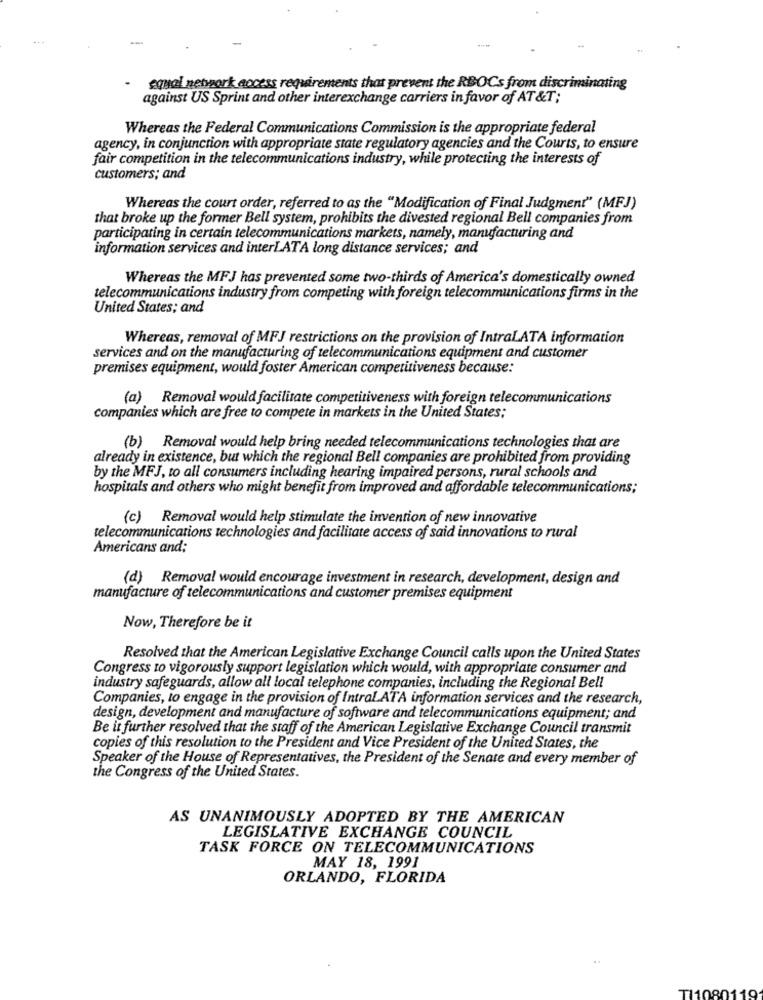
equal network access requirements that prevent the RBOCs from discriminating
against US Sprint and other interexchange carriers in favor of AT &T ;
Whereas the Federal Communications Commission is the appropriate federal
agency, in conjunction with appropriate state regulatory agencies and the Courts, to ensure
fair competition in the telecommunications industry, while protecting the interests of
customers; and
Whereas the court order, referred to as the "Modification of Final Judgment" (MFJ)
that broke up the former Bell system, prohibits the divested regional Bell companies from
participating in certain telecommunications markets, namely, manufacturing and
information services and interLATA long distance services; and
Whereas the MFJ has prevented some two-thirds of America's domestically owned
telecommunications industry from competing with foreign telecommunications firms in the
United States; and
Whereas, removal of MFJ restrictions on the provision of IntraLATA information
services and on the manufacturing of telecommunications equipment and customer
premises equipment, would foster American competitiveness because:
(a) Removal would facilitate competitiveness with foreign telecommunications
companies which are free to compete in markets in the United States;
(b) Removal would help bring needed telecommunications technologies that are
already in existence, but which the regional Bell companies are prohibited from providing
by the MFJ, to all consumers including hearing impaired persons, rural schools and
hospitals and others who might benefit from improved and affordable telecommunications;
(c) Removal would help stimulate the invention of new innovative
telecommunications technologies and facilitate access of said innovations to rural
Americans and:
(d) Removal would encourage investment in research, development, design and
manufacture of telecommunications and customer premises equipment
Now, Therefore be it
Resolved that the American Legislative Exchange Council calls upon the United States
Congress to vigorously support legislation which would, with appropriate consumer and
industry safeguards, allow all local telephone companies, including the Regional Bell
Companies, to engage in the provision of IntraLATA information services and the research,
design, development and manufacture of software and telecommunications equipment; and
Be it further resolved that the staff of the American Legislative Exchange Council transmit
copies of this resolution to the President and Vice President of the United States, the
Speaker of the House of Representatives, the President of the Senate and every member of
the Congress of the United States.
AS UNANIMOUSLY ADOPTED BY THE AMERICAN
LEGISLATIVE EXCHANGE COUNCIL
TASK FORCE ON TELECOMMUNICATIONS
MAY 18, 1991
ORLANDO, FLORIDA
40